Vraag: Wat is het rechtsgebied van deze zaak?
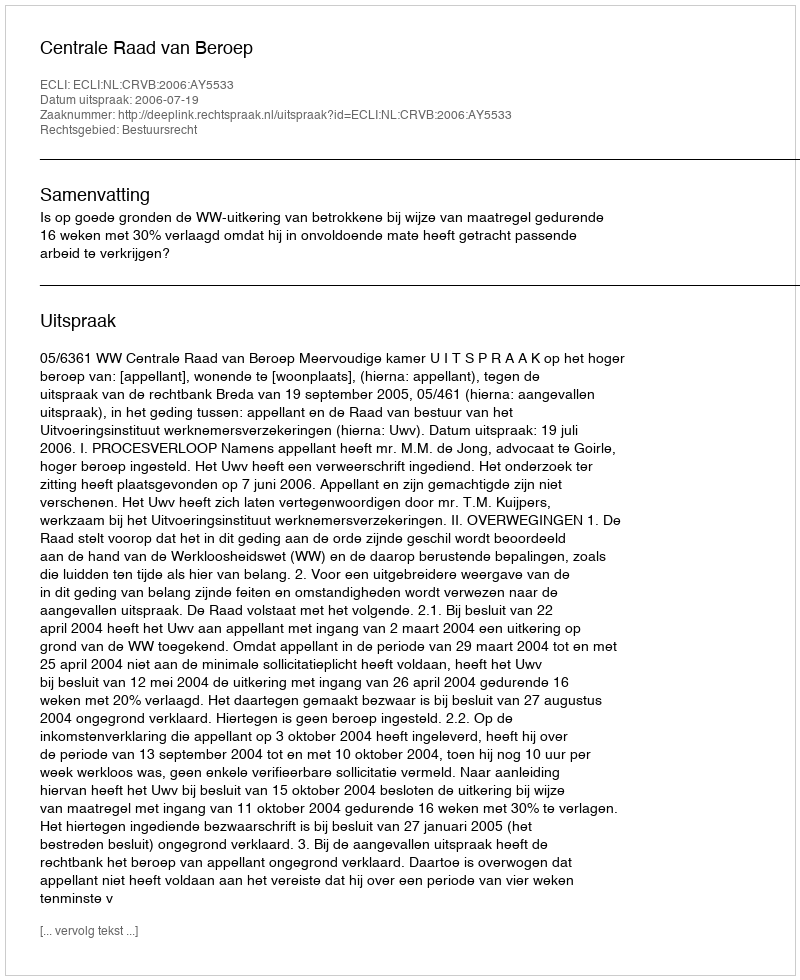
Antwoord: Bestuursrecht